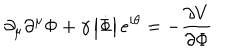
\partial _ { \mu } \partial ^ { \mu } \Phi + \gamma \left| \dot { \Phi } \right| e ^ { i \theta } = - \frac { \partial V } { \partial \Phi }